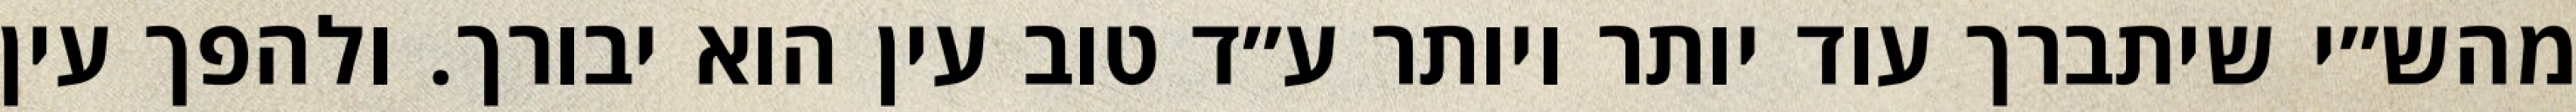
מהש״י שיתברך עוד יותר ויותר ע״ד טוב עין הוא יבורך. ולהפך עין